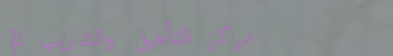
مركز التأهيل والتدريب الم